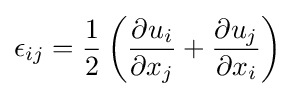
\epsilon _{ij}={\frac {1}{2}}\left({\frac {\partial u_{i}}{\partial x_{j}}}+{\frac {\partial u_{j}}{\partial x_{i}}}\right)